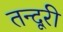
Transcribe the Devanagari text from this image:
तन्दूरी